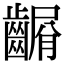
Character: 𪙆